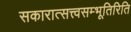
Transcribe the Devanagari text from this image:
सकारात्सत्त्वसम्भूतिरिति